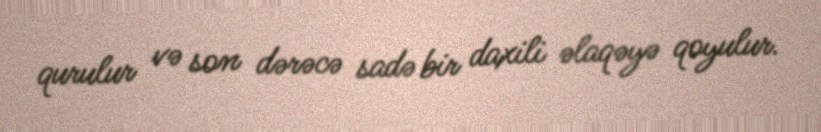
qurulur və son dərəcə sadə bir daxili əlaqəyə qoyulur.